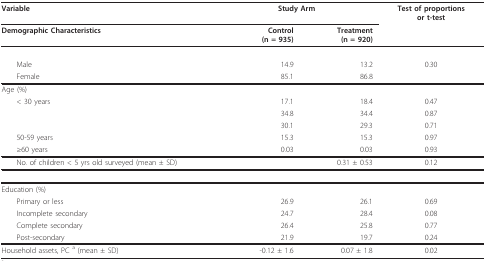
<table><thead><tr><td><b>Variable</b></td><td colspan="2"><b>Study Arm</b></td><td><b>Test of proportionsor t-test</b></td></tr><tr><td><b>Demographic Characteristics</b></td><td><b>Control(n = 935)</b></td><td><b>Treatment(n = 920)</b></td><td>[EMPTY_CELL]</td></tr></thead><tbody><tr><td>[EMPTY_CELL]</td><td>[EMPTY_CELL]</td><td>[EMPTY_CELL]</td><td>[EMPTY_CELL]</td></tr><tr><td> Male</td><td>14.9</td><td>13.2</td><td>0.30</td></tr><tr><td> Female</td><td>85.1</td><td>86.8</td><td>[EMPTY_CELL]</td></tr><tr><td>Age (%)</td><td>[EMPTY_CELL]</td><td>[EMPTY_CELL]</td><td>[EMPTY_CELL]</td></tr><tr><td> &lt; 30 years</td><td>17.1</td><td>18.4</td><td>0.47</td></tr><tr><td>[EMPTY_CELL]</td><td>34.8</td><td>34.4</td><td>0.87</td></tr><tr><td>[EMPTY_CELL]</td><td>30.1</td><td>29.3</td><td>0.71</td></tr><tr><td> 50-59 years</td><td>15.3</td><td>15.3</td><td>0.97</td></tr><tr><td> ≥60 years</td><td>0.03</td><td>0.03</td><td>0.93</td></tr><tr><td> No. of children &lt; 5 yrs old surveyed (mean ± SD)</td><td>[EMPTY_CELL]</td><td>0.31 ± 0.53</td><td>0.12</td></tr><tr><td>[EMPTY_CELL]</td><td>[EMPTY_CELL]</td><td>[EMPTY_CELL]</td><td>[EMPTY_CELL]</td></tr><tr><td>Education (%)</td><td>[EMPTY_CELL]</td><td>[EMPTY_CELL]</td><td>[EMPTY_CELL]</td></tr><tr><td> Primary or less</td><td>26.9</td><td>26.1</td><td>0.69</td></tr><tr><td> Incomplete secondary</td><td>24.7</td><td>28.4</td><td>0.08</td></tr><tr><td> Complete secondary</td><td>26.4</td><td>25.8</td><td>0.77</td></tr><tr><td> Post-secondary</td><td>21.9</td><td>19.7</td><td>0.24</td></tr><tr><td>Household assets, PC <sup>a </sup>(mean ± SD)</td><td>-0.12 ± 1.6</td><td>0.07 ± 1.8</td><td>0.02</td></tr></tbody></table>